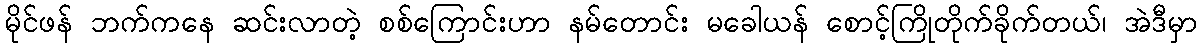
မိုင်ဖန် ဘက်ကနေ ဆင်းလာတဲ့ စစ်ကြောင်းဟာ နမ်တောင်း မခေါယန် စောင့်ကြိုတိုက်ခိုက်တယ်၊ အဲဒီမှာ